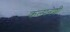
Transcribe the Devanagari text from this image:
कल्पनेशी